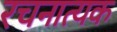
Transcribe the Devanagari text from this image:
रचनात्यक